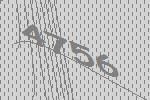
4756